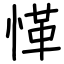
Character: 愅